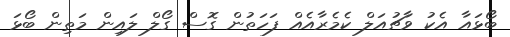
ބޯޅައާ އެކު ވާޗުއަލް ކެމެރާއެއް ފަހަތުން ގޮސް ގޯލް ލައިން މަތިން ބޯޅަ